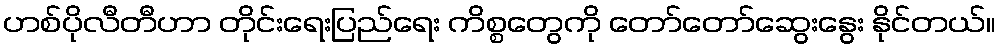
ဟစ်ပိုလီတီဟာ တိုင်းရေးပြည်ရေး ကိစ္စတွေကို တော်တော်ဆွေးနွေး နိုင်တယ်။